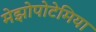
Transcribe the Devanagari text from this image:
मेझोपोटेमिया